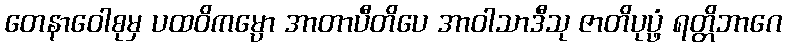
တေနာဝေါစုမှ ပထဝိကမ္ပော အာတာပီတိပေ အာဝါသာဒီသု ဇာတိပုပ္ဖံ ရတ္တိဘာဂေ